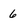
Character: 6